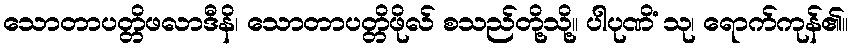
သောတာပတ္တိဖလာဒီနိ၊ သောတာပတ္တိဖိုလ် စသည်တို့သို့။ ပါပုဏိံ သု၊ ရောက်ကုန်၏။